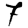
Digit: 7